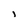
Character: i